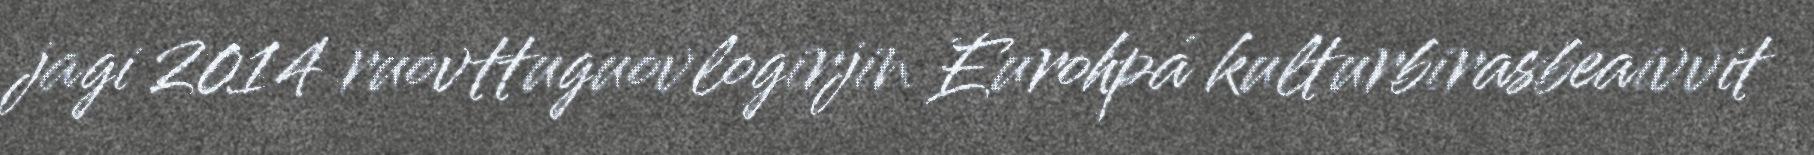
jagi 2014 ruovttuguovlogirjin Eurohpá kulturbirasbeaivvit